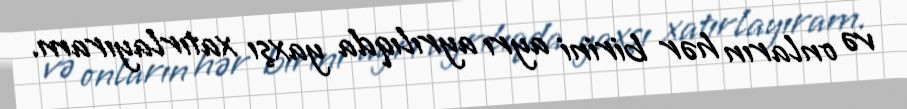
və onların hər birini ayrı ayrılıqda yaxşı xatırlayıram.